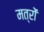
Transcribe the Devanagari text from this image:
मत्रों